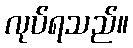
လုပ်ရသည်။